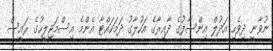
ނުވާނީ ދިވެހި އަދުލް އިންސާފުގެ ދާއިރާގެ އަހުލާގު ދަމަހައްޓާ އެންމެ އިސްމަޖިލީހުގެ ރައީސް